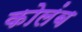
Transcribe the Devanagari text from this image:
कोलंब